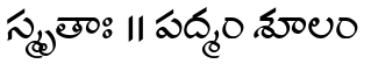
స్మృతాః ॥ పద్మం శూలం